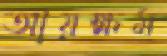
আয়ক্ষম